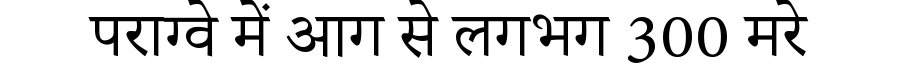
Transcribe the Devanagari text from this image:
पराग्वे में आग से लगभग 300 मरे